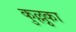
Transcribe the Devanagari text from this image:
कुल्लुका